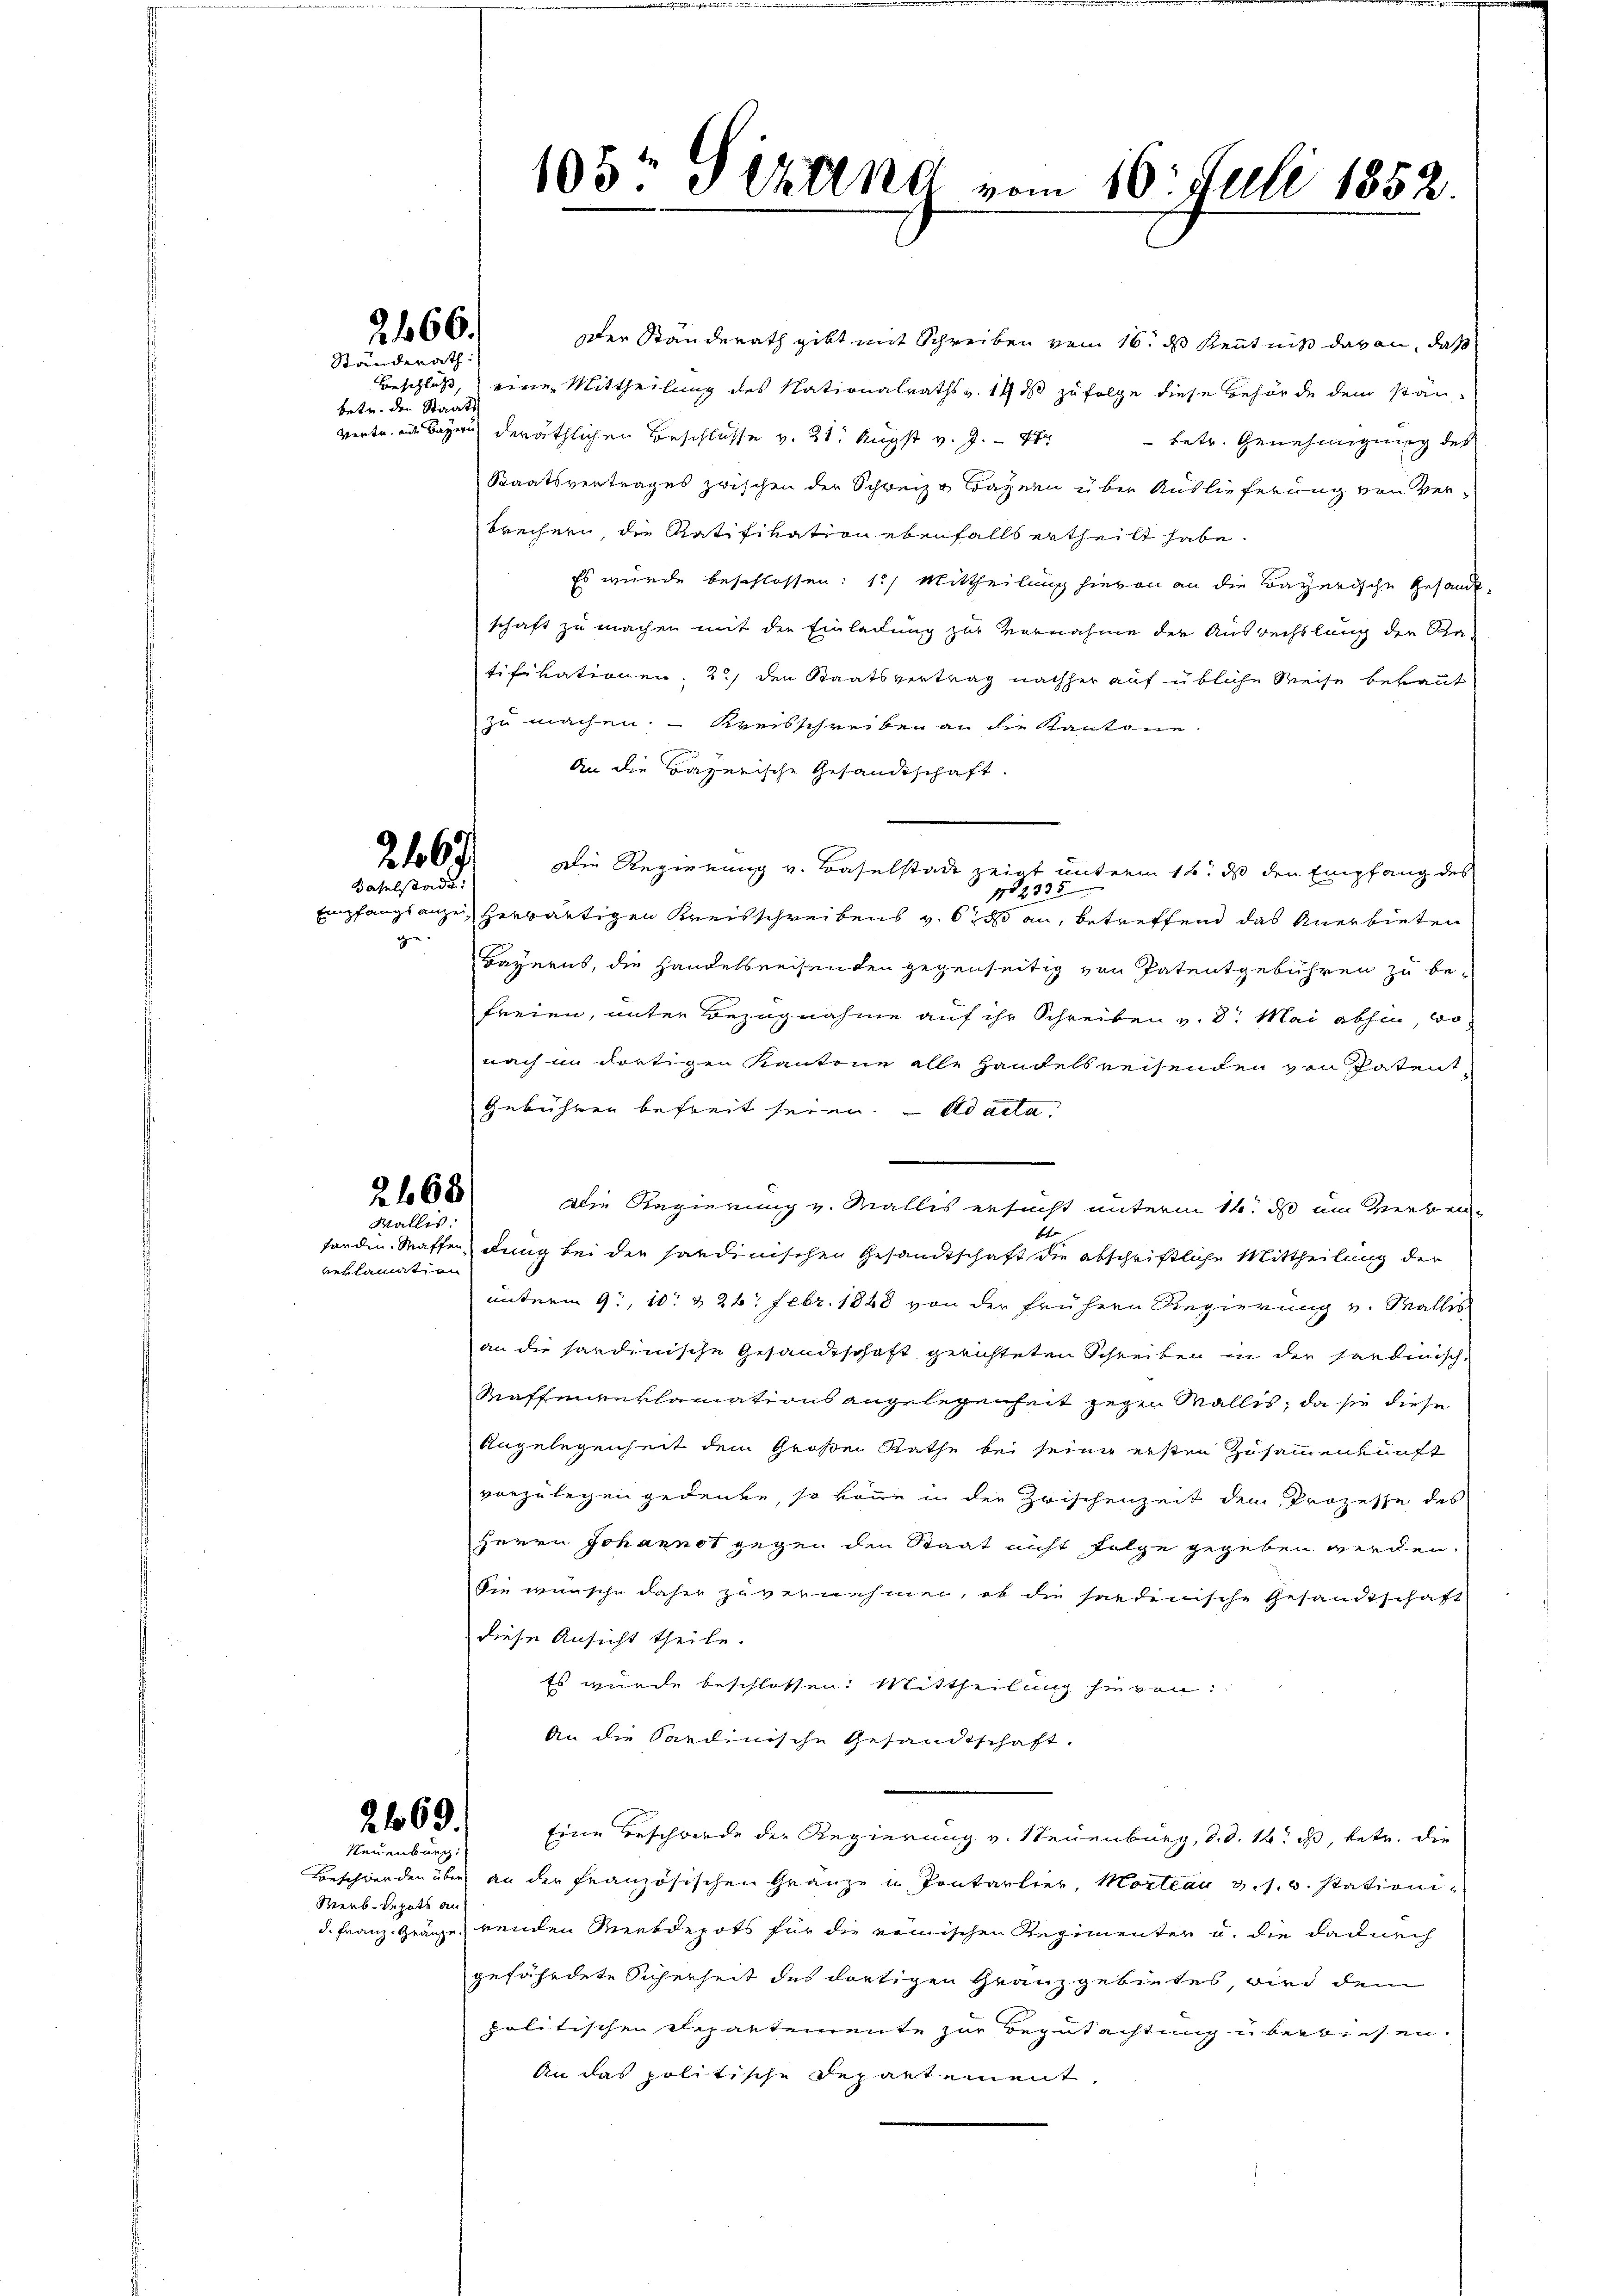
2467
Baselstadt.
ge.

reklamation

2466.

Ständerath:
betr. den Staats

268
Wallis:

2469.
Neuenburg

Werb-Depots auf

105t Serena vom 16. Juli 1852.

oder Standerath gibt mit Schreiben vom 16. ds Kenntniß davon, daß
Beschluß, eine Mittheilung des Nationalraths v. 14 ds zu folge diese Behörde dem stanvertr. ein Bayern deräthlichen Beschlüsse v. 21. Augst v. J. - Xr betr. Genehmigung des
Staatsvertrages zwischen der Schweize Bayern über Auslieferung von verbrechern, die Ratifikation ebenfalls ertheilt habe.
Es wurde beschlossen: 1.) Mittheilung hievon an die Bayerische Gesandt,
schaft zu machen mit der Einladung zur Vornahme der Ausrechslung der Ka-
tifikationen, 2) den Staatsvertrag nachher auf übliche Weise bekaut
zu machen. Kreisschreiben an die Kantone.
An die Bayerische Gesandtschaft.
Empfangsanze herwärtigen Kreisschreibens v. 6. an, betreffend das Anerbieten
Bayerns, die Handelsreisenden gegenseitig von Patentgebühren zu befreien, unter Bezugnahme auf ihr Schreiben v. 8. Mai abhin wo
nach in dortigen Kantone alle Handelsreisenden von Patent¬
Gebühren befreit seien. Ad acta
Die Regierung v. Wallis ersucht unterm 14. ds um Verben
bte
fanden. Waffen, dung bei der saudinischen Gesandtschaft die abschriftliche Mittheilung der
unterm 9t, 10. d. 26. Febr. 1848 von der frühern Regierung v. Malles
an die hardinische Gesandtschaft gerichteten Schreiben in der Sardinische
Maffengeklamations angelegenheit gegen Wallis, da sie diese
Angelegenheit dem Großen Rathe bei seine ersten Zusammenkunft
vorzulegen gedenke, so könne in der Zwischenzeit dem Prozesse des
Herrn Johannot gegen den Staat nicht folge gegeben werden.
Sie wünsche daher zuvernehmen, ob die sardenische Gesandtschaft
diese Ansicht theile.
Es wurde beschlossen: Mittheilung hievon:
An die Sardinische Gesandtschaft.
Eine erschwerde der Regierung v. Neuenburg, d. d. 12. ds, betr. die
Beschwerden über an der französischen Gränze u Pontarlier, Mortan u. s. w. stationi
d. Franz. Gränze venden Merbdepots für die nomischen Regimenter u. die dadurch
gefährdete Sicherheit des dortigen Granzgebietes, wird dem
politischen Repartemente zur Begutachtung u berwiesen.
An das politische Departement,

Die Regierung v. Baselstade zeigt unterm 16. ds den Empfang des

2335